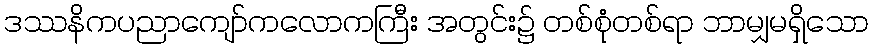
ဒဿနိကပညာကျော်ကလောကကြီး အတွင်း၌ တစ်စုံတစ်ရာ ဘာမျှမရှိသော